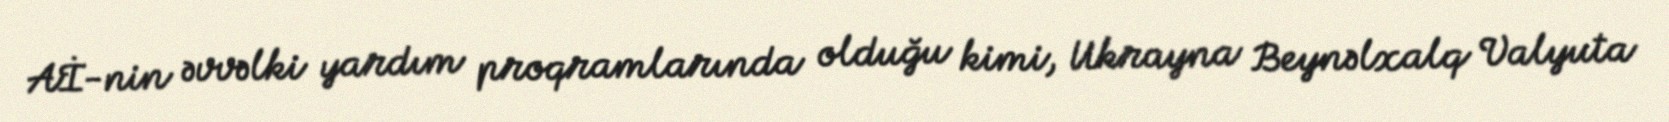
Aİ-nin əvvəlki yardım proqramlarında olduğu kimi, Ukrayna Beynəlxalq Valyuta